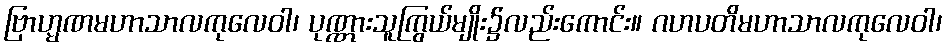
ဗြာဟ္မဏမဟာသာလကုလေဝါ၊ ပုဏ္ဏားသူကြွယ်မျိုး၌လည်းကောင်း။ ဂဟပတိမဟာသာလကုလေဝါ၊